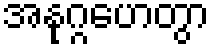
အနုဂ္ဂဟေတွာ